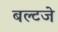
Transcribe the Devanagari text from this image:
बल्टजे